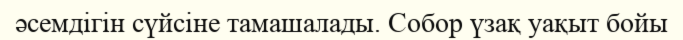
әсемдігін сүйсіне тамашалады. Собор үзақ уақыт бойы